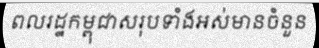
ពលរដ្ឋកម្ពុជាសរុបទាំងអស់មានចំនួន